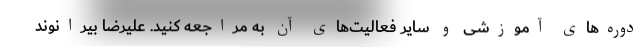
دوره‌های آموزشی و سایر فعالیت‌های آن به مراجعه کنید. علیرضا بیرانوند